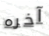
آخره